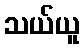
သယ်ယူ